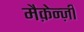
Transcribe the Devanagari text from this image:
मैक़ेन्ज़ी